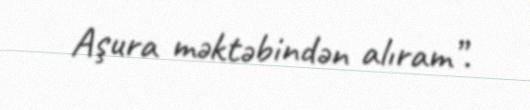
Aşura məktəbindən alıram”.